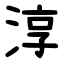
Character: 淳